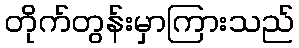
တိုက်တွန်းမှာကြားသည်